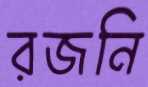
রজনি